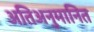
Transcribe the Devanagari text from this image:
अतिअनुमानित